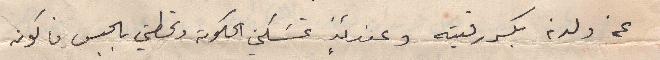
عن ولدنه بكسر رقبته وعندئذٍ تمسكني الحكومة وتحطني بالحبس فاكون